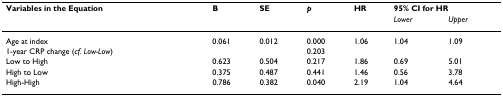
| Variables in the Equation | B | SE | p | HR | <COLSPAN=2> 95% CI for HR |
 |  |  |  |  |  | Lower | Upper |
 | --- | --- | --- | --- | --- | --- | --- |
 | Age at index | 0.061 | 0.012 | 0.000 | 1.06 | 1.04 | 1.09 |
 | 1-year CRP change (cf. Low-Low) |  |  | 0.203 |  |  |  |
 | Low to High | 0.623 | 0.504 | 0.217 | 1.86 | 0.69 | 5.01 |
 | High to Low | 0.375 | 0.487 | 0.441 | 1.46 | 0.56 | 3.78 |
 | High-High | 0.786 | 0.382 | 0.040 | 2.19 | 1.04 | 4.64 |